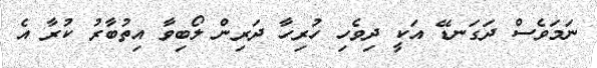
ނަމަވެސް ދަގަނޑޭ އަކީ ދިވެހި ހުރިހާ ދަރިން ލޯބިވާ އިތުބާރު ކުރާ އެ